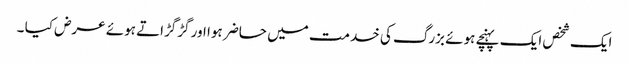
ایک شخص ایک پہنچے ہوئے بزرگ کی خدمت میں حاضر ہوا اور گڑگڑاتے ہوئے عرض کیا ۔